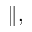
\parallel ,